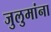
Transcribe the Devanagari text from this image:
जुलुमांना